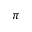
\pi